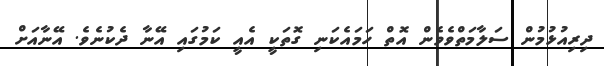
ދިރިއުޅުމުން ސަލާމަތްވެވެން އޮތް ހަމައެކަނި ގޮތަކީ އެއީ ކަމުގައި އޭނާ ދެކުނެވެ. އޭނާއަށް